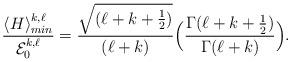
LaTeX: \begin{align*}\frac{\langle H\rangle^{k,{\ell}}_{min}}{{\cal E}^{k, \ell}_{0}}=\frac{\sqrt{(\ell +k+\frac{1}{2})}}{(\ell +k)}\Big(\frac{\Gamma(\ell+k+\frac{1}{2})}{\Gamma(\ell+k)}\Big).\end{align*}